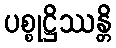
ပစ္စုဋ္ဌိဿန္တိ